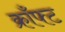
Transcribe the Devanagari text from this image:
क्राँफ्ट